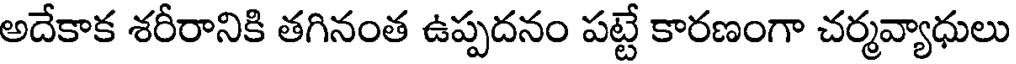
అదేకాక శరీరానికి తగినంత ఉప్పదనం పట్టే కారణంగా చర్మవ్యాధులు